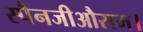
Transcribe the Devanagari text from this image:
स्पैनजीऔसम।